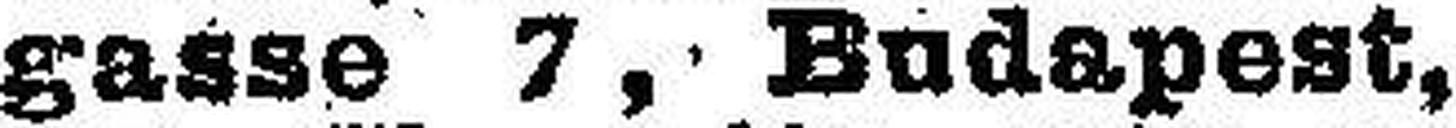
gasse 7, Budapest,